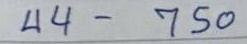
44 - 750